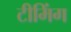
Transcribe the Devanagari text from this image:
टीमिंग